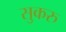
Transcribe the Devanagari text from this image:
सुकरु